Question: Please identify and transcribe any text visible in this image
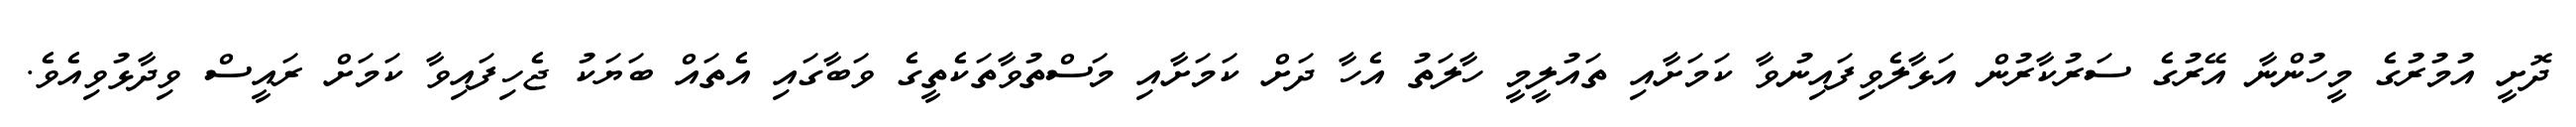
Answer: ދޮށީ އުމުރުގެ މީހުންނާ އޭރުގެ ސަރުކާރުން އަޅާލެވިފައިނުވާ ކަމަށާއި ތައުލީމީ ހާލަތު އެހާ ދަށް ކަމަށާއި މަސްތުވާތަކެތީގެ ވަބާގައި އެތައް ބަޔަކު ޖެހިފައިވާ ކަމަށް ރައީސް ވިދާޅުވިއެވެ.